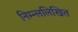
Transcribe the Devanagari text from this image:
निम्न्ललिखित